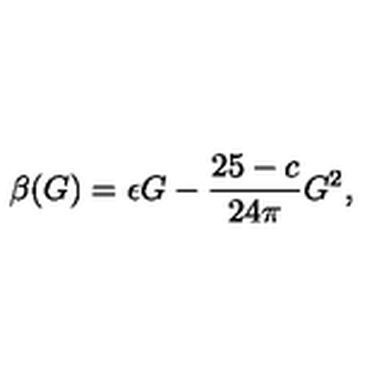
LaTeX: \beta ( G ) = \epsilon G - \frac { 2 5 - c } { 2 4 \pi } G ^ { 2 } ,